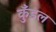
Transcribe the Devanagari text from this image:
कुँडल